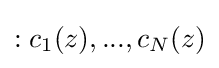
:c_{1}(z),...,c_{N}(z)